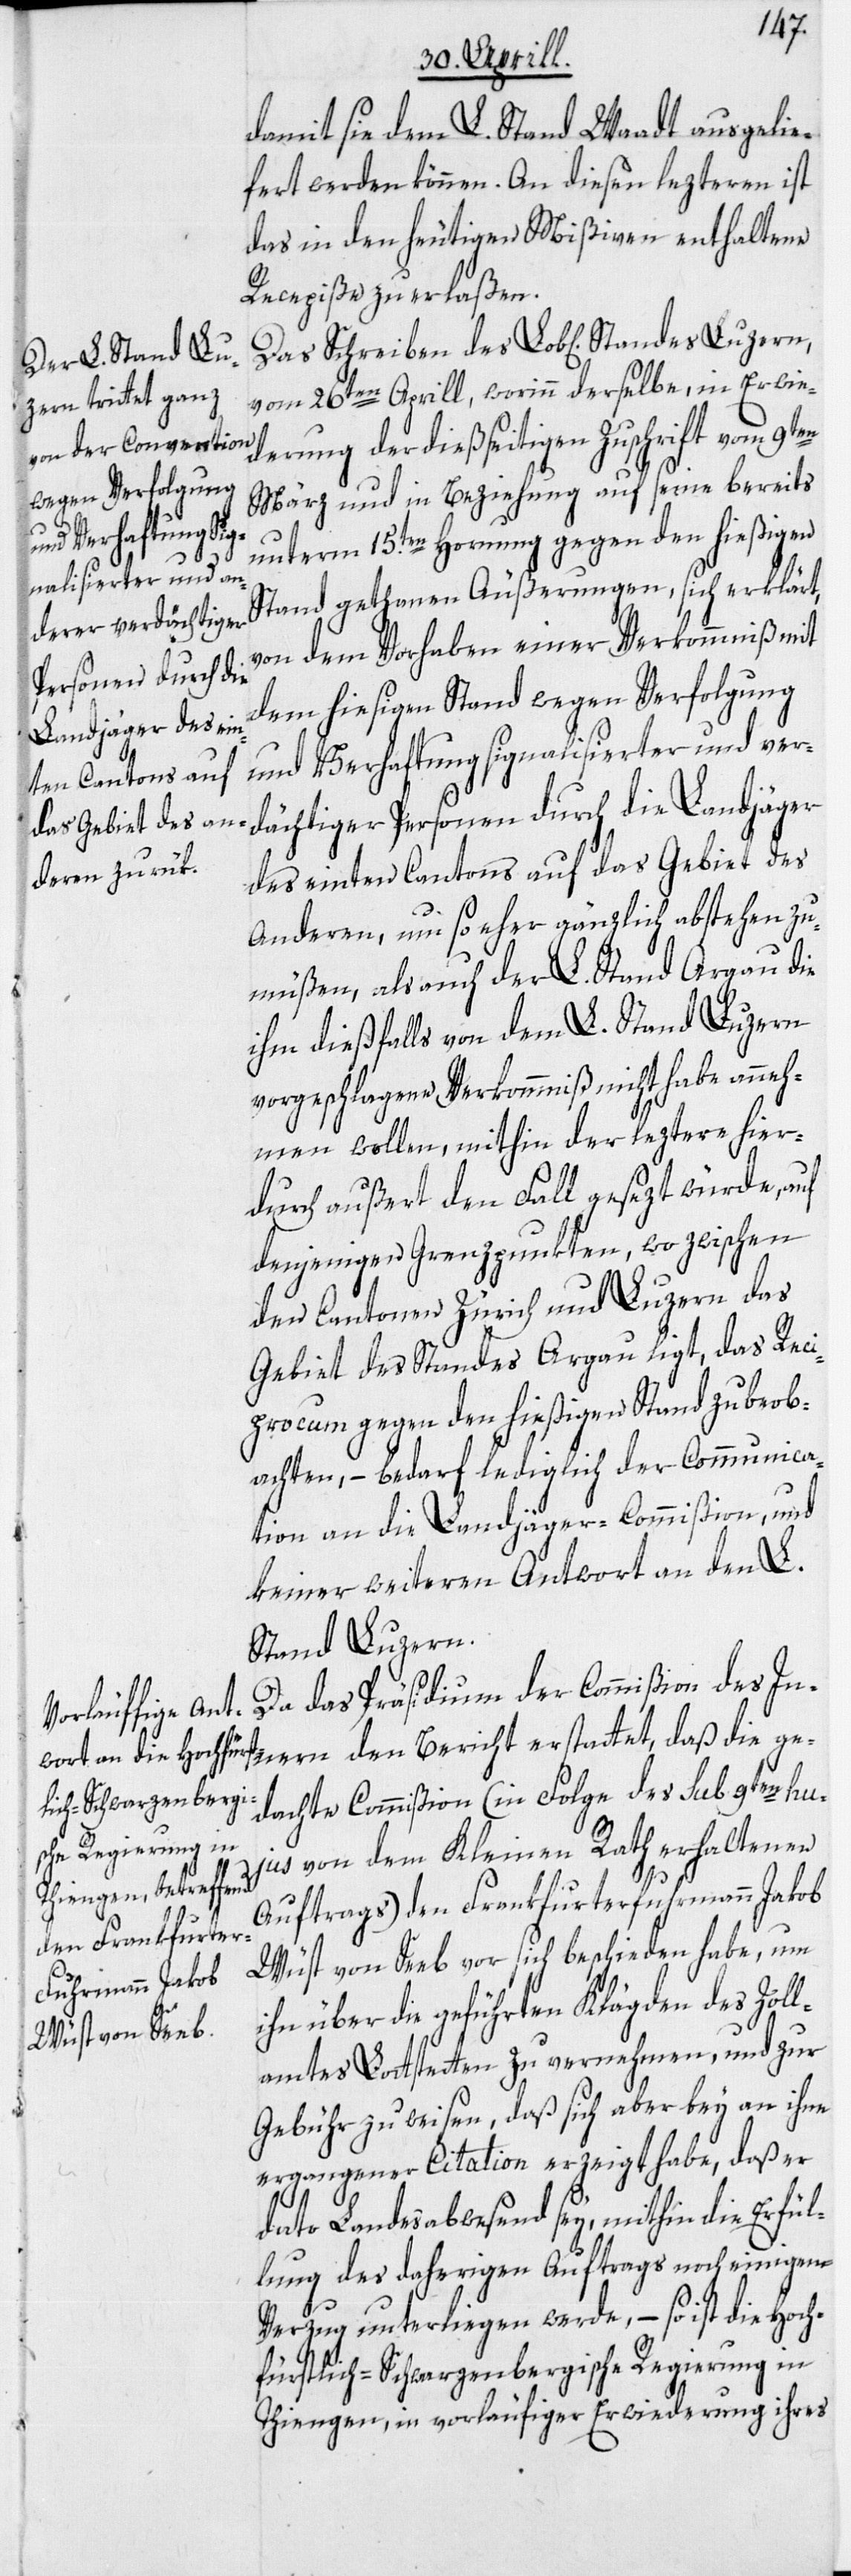
der L. Stand Ar¬
gau
Schreiben des

damit sie dem L. Stand Waadt ausgelie¬
fert werden können. An diesen lezteren ist
das in den heutigen Mißiven enthaltene
Recepiße zu erlaßen.
vom 26ten Aprill, worinn derselbe, in Erwie¬
derung der dießseitigen Zuschrift vom 9ten
März und in Beziehung auf seine bereits
unterm 15.ten Hornung gegen den hießigen
Stand gethanen Äußerungen, sich erklärt,
von dem Vorhaben einer Verkommniß mit
dem hiesigen Stand wegen Verfolgung
und Verhaftung signalisierter und ver¬
dächtiger Personen durch die Landjäger
des einten Cantons auf das Gebiet des
Anderen, um so eher gänzlich abstehen zu
ihm dießfalls von dem L. Stand Luzern
vorgeschlagene Verkommniß nicht habe anneh¬
men wollen, mithin der leztere hier¬
durch außert den Fall gesezt würde, auf
denjenigen Grenzpunkten, wo zwischen
den Cantonen Zürich und Luzern das
Gebiet des Standes Argau ligt, das Reci¬
procum gegen den hießigen Stand zu beob¬
achten, – bedarf lediglich der Communica¬
tion an die Landjäger-Commißion, und
keiner weiteren Antwort an den L.
Stand Luzern.
Da das Präsidium der Commißion des In¬
nern den Bericht erstattet, daß die ge¬
dachte Commißion (in Folge des sub 9ten hu¬
jus von dem Kleinen Rath erhaltenen
Auftrags) den Frankfurterfuhrmann Jakob
Wüst von Seeb vor sich beschieden habe, um
ihn über die geführten Klägden des Zoll¬
amtes Lottstetten zu vernehmen, und zur
Gebühr zu weisen, daß sich aber bey an ihne
ergangener Citation erzeigt habe, daß er
dato Landesabwesend sey, mithin die Erfül¬
lung des daherigen Auftrags noch einigem
Verzug unterliegen werde, – so ist die Hoch¬
fürstlich-Schwarzenbergische Regierung in
Thiengen, in vorläufiger Erwiederung ihres